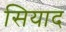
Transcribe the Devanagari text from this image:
सियाद